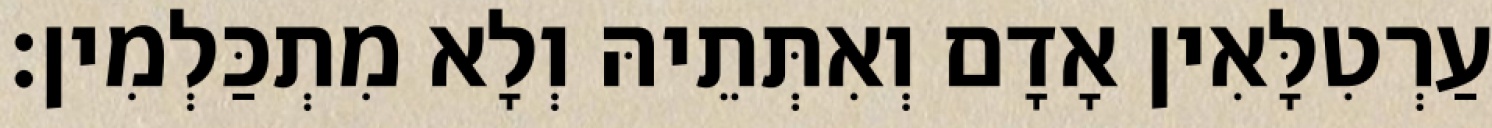
עַרְטִלָּאִין אָדָם וְאִתְּתֵיהּ וְלָא מִתְכַּלְמִין׃